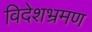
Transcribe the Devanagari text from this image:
विदेशभ्रमण